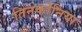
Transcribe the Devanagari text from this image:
तिनकोनिया